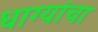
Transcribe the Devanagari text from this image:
धाग्यांचा